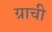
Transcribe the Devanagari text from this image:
ग्राची